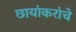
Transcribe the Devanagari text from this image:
छायांकरांचे